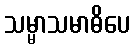
သမ္မာသမာဓိပေ